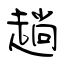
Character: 趟